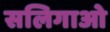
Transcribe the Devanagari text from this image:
सलिगाओ